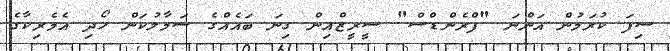
ސިފަ ކުރަމުން އަންނަ "ފްރެންޑްސް" ސީރީޒްއިން ގިނަ ބައެއްގެ ސަމާލުކަން ހޯދި އެމެރިކާގެ